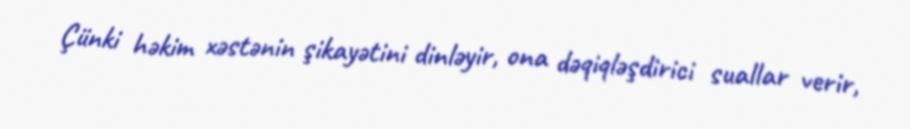
Çünki həkim xəstənin şikayətini dinləyir, ona dəqiqləşdirici suallar verir,